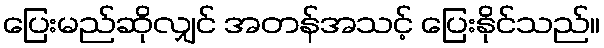
ပြေးမည်ဆိုလျှင် အတန်အသင့် ပြေးနိုင်သည်။